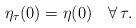
LaTeX: \begin{align*}\eta_{\tau}(0)=\eta(0)\quad\forall\,\tau.\end{align*}